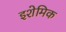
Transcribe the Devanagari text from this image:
इशेमिक